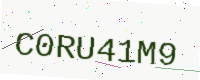
Text: C0RU41M9